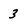
Character: 3